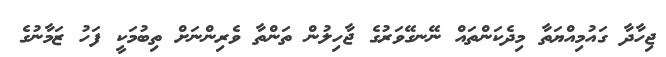
ޖިހާދާ ގައުމިއްޔަތާ މިދެކަންތައް ނޭނގޭވަރުގެ ޖާހިލުން ތަންތާ ވެރިންނަށް ތިބުމަކީ ފަހު ޒަމާނުގެ